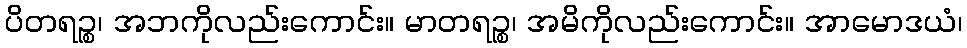
ပိတရဉ္စ၊ အဘကိုလည်းကောင်း။ မာတရဉ္စ၊ အမိကိုလည်းကောင်း။ အာမောဒယံ၊